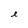
Character: e